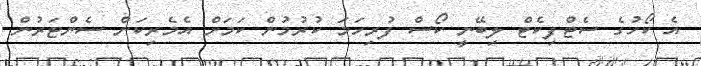
އެ ކޯހުގެ ސެޓްފިކެޓް ލިބޭނީ ކޯސް ފުރިހަމަ ކުރުމުން ކަމަށް އެމެރިކަން ސެންޓަރުން